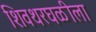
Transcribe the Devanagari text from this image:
शिवथरघळीला